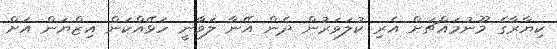
ކިޔާރާގެ މޫނުމައްޗަށް އެރި ކުލަވަރުން ދެން އޭނާ ލަވާނީ ހަޅޭއްކަން އިޒްޔަން އަށް